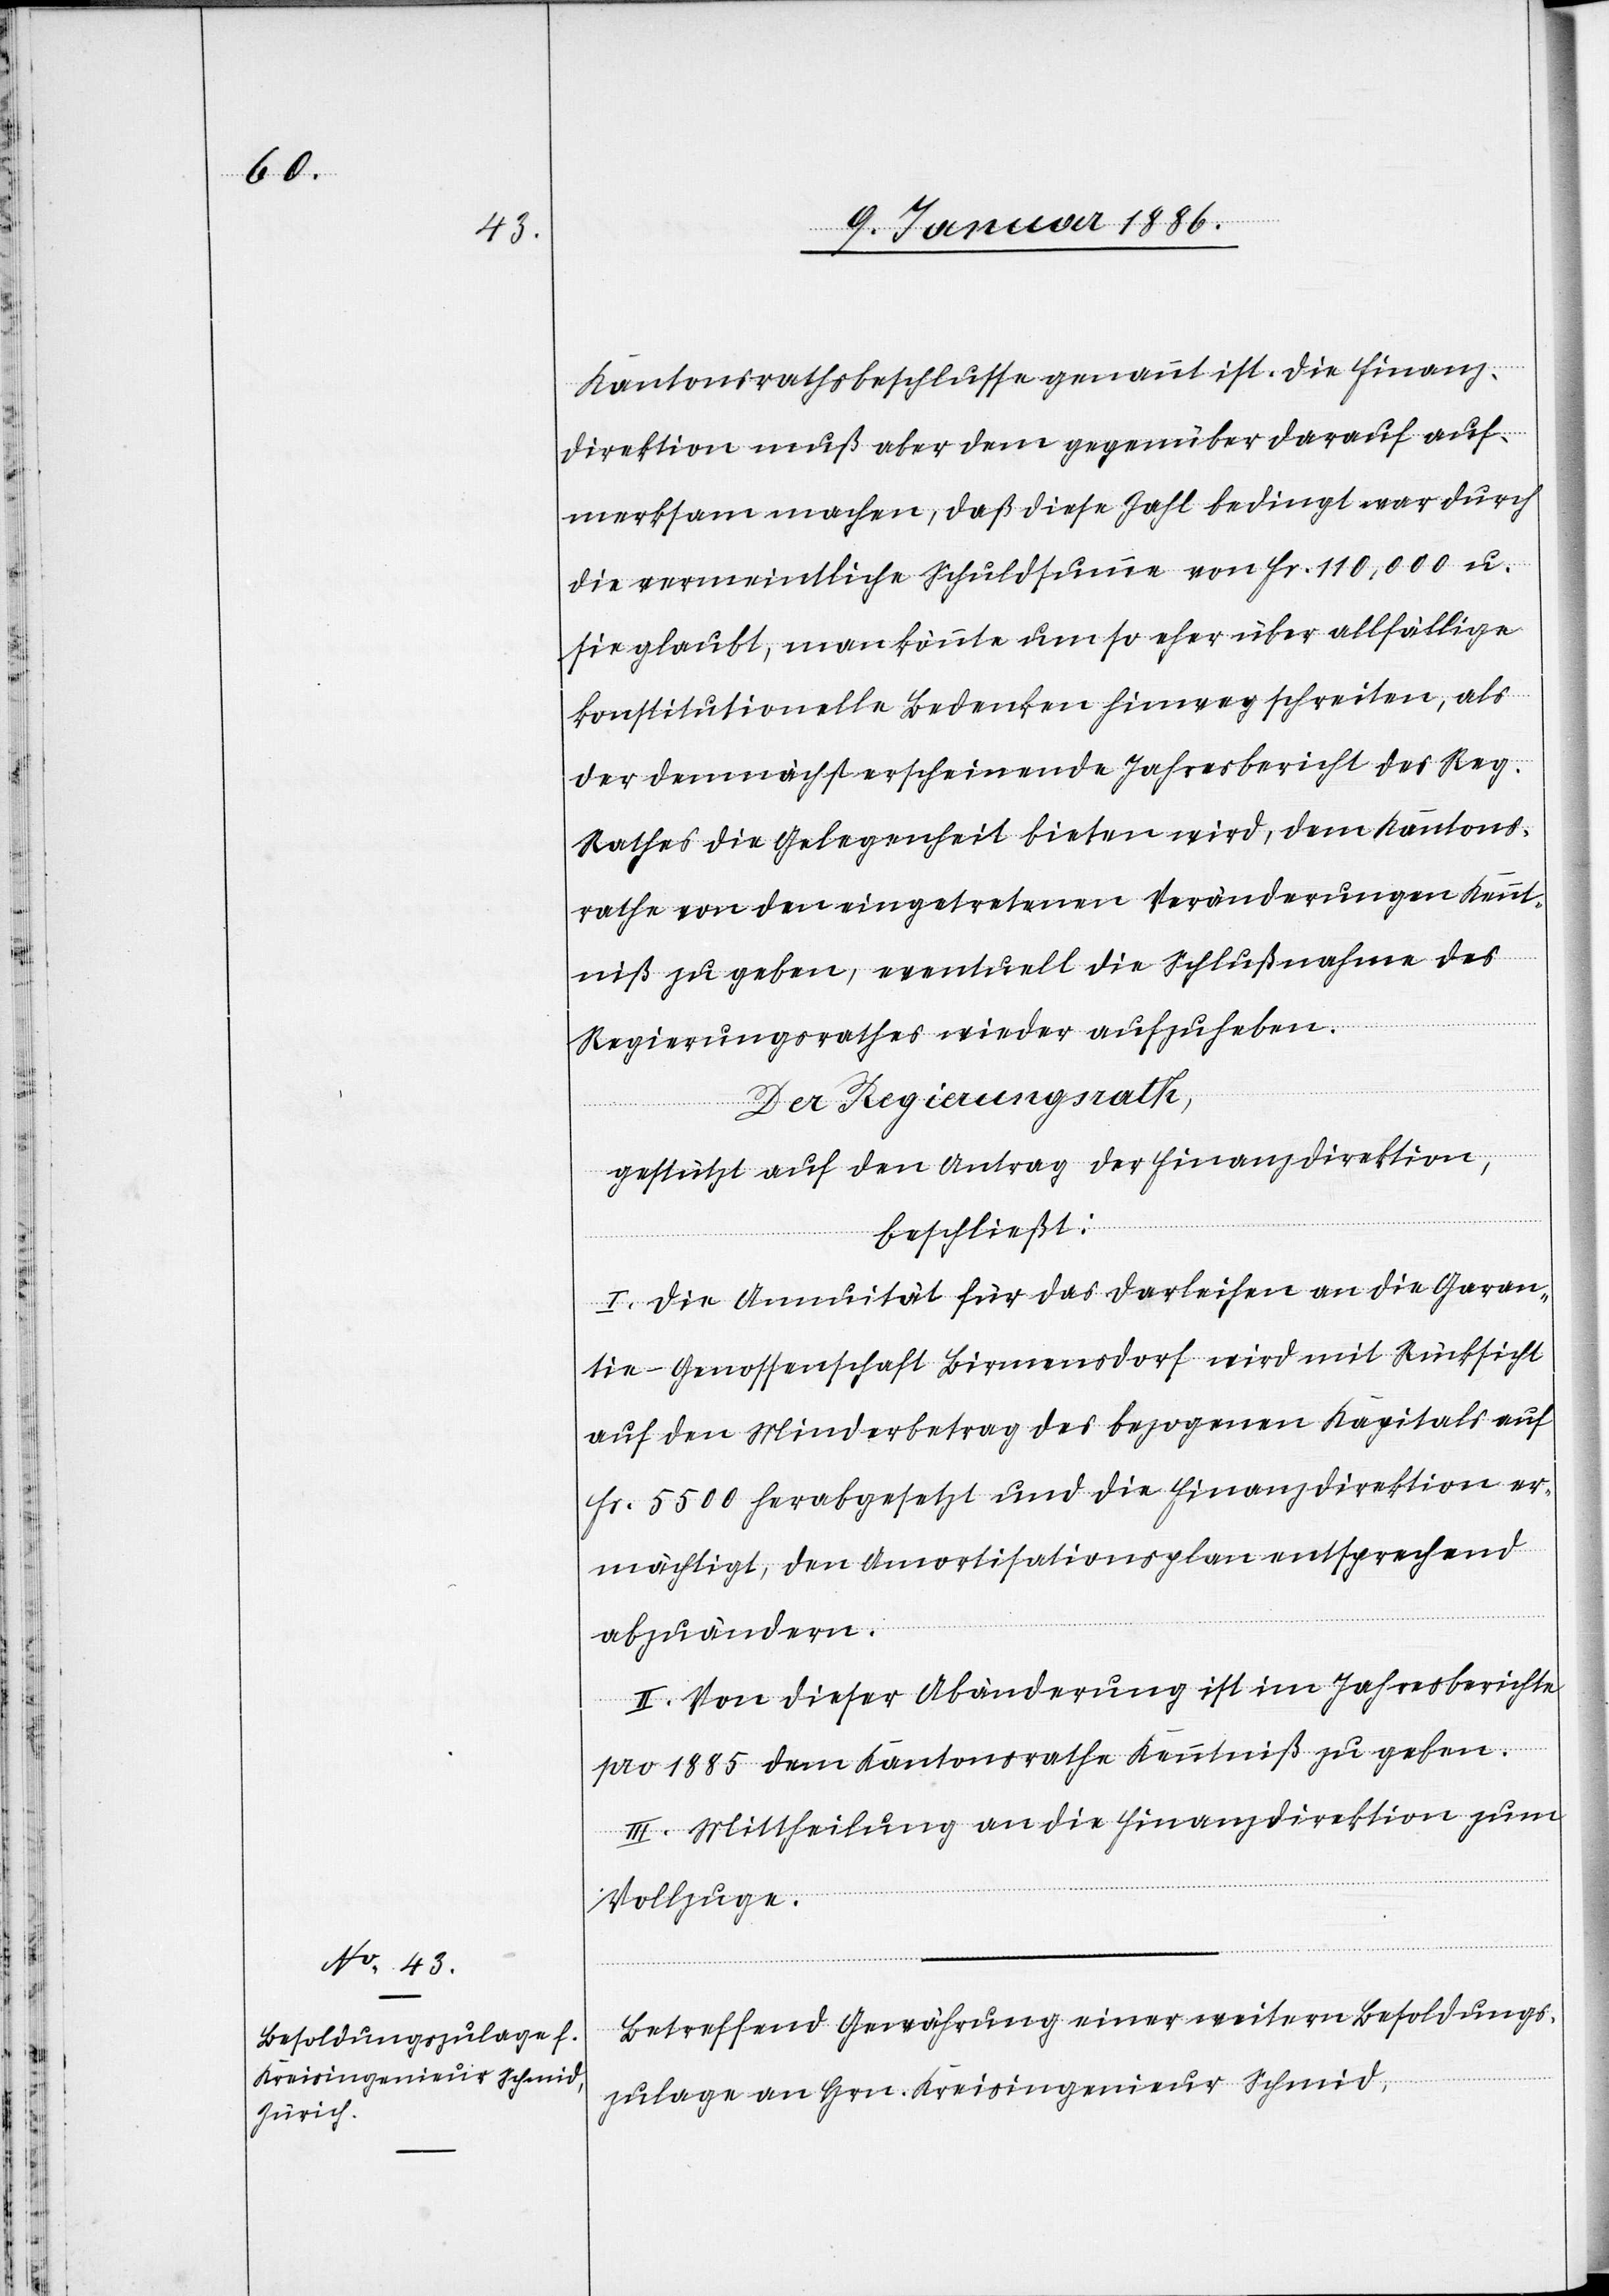
Kantonsrathsbeschlusse genannt ist. Die Finanz¬
direktion muß aber dem gegenüber darauf auf¬
merksam machen, daß diese Zahl bedingt war durch
die vermeintliche Schuldsumme von Fr. 110,000 u.
sie glaubt, man könnte um so eher über allfällige
konstitutionelle Bedenken hinweg schreiten, als
der demnächst erscheinende Jahresbericht des Reg.
Rathes die Gelegenheit bieten wird, dem Kantons¬
rathe von den eingetretenen Veränderungen Kennt¬
niß zu geben, eventuell die Schlußnahme des
Regierungsrathes wieder aufzugeben.
Der Regierungsrath,
gestützt auf den Antrag der Finanzdirektion,
beschließt:
I. Die Annuität für das Darleihen an die Garan¬
tie-Genossenschaft Birmensdorf wird mit Rücksicht
auf den Minderbetrag des bezogenen Kapitals auf
Fr. 5500 herabgesetzt und die Finanzdirektion er¬
mächtigt, den Amortisationsplan entsprechend
abzuändern.
II. Von dieser Abänderung ist im Jahresbericht
pro 1885 dem Kantonsrathe Kenntniß zu geben.
III. Mittheilung an die Finanzdirektion zum
Vollzug.
Betreffend Gewährung einer weitern Besoldungs¬
zulage an Hr. Kreisingenieur Schmid,